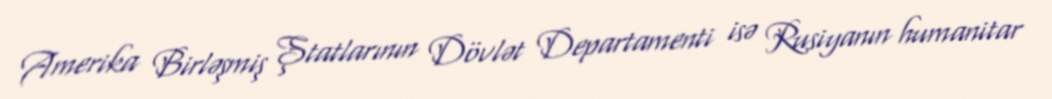
Amerika Birləşmiş Ştatlarının Dövlət Departamenti isə Rusiyanın humanitar